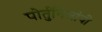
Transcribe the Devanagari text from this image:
पोर्तुगिजांची